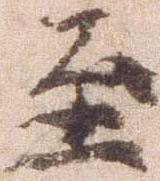
至